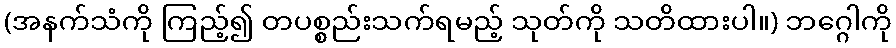
(အနက်သံကို ကြည့်၍ တပစ္စည်းသက်ရမည့် သုတ်ကို သတိထားပါ။) ဘဂ္ဂေါကို